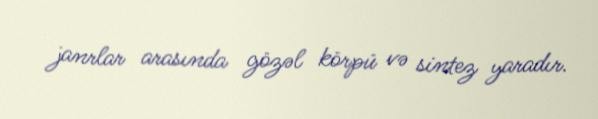
janrlar arasında gözəl körpü və sintez yaradır.